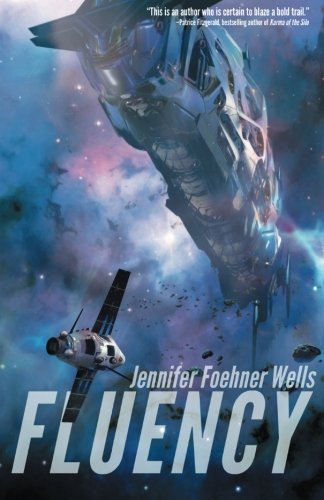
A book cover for Fluency; Jennifer Foehner Wells; Science Fiction & Fantasy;